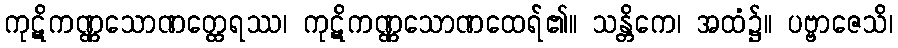
ကုဋိကဏ္ဏသောဏတ္ထေရဿ၊ ကုဋိကဏ္ဏသောဏထေရ်၏။ သန္တိကေ၊ အထံ၌။ ပဗ္ဗာဇေသိ၊